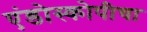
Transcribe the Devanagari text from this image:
एंडोस्कोपीचा